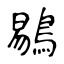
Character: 鶍